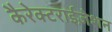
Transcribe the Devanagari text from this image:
कैरेक्टराईज़ेशन